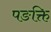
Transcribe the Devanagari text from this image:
पङक्ति